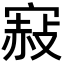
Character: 𡪌